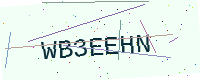
Text: WB3EEHN